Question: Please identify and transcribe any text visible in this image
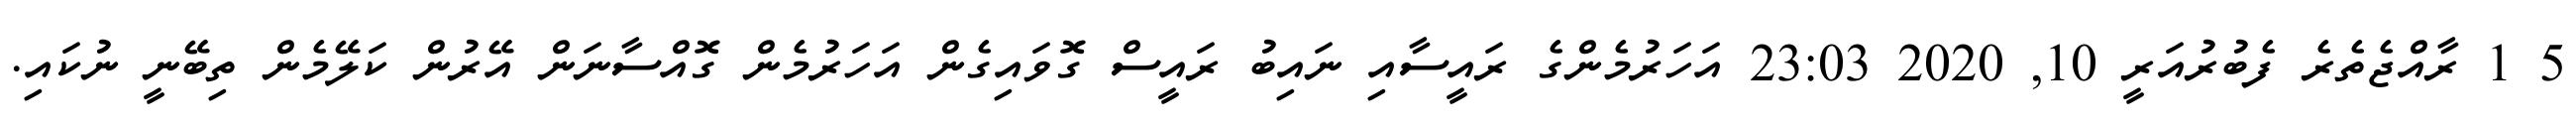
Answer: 5 1 ރާއްޖެތެރެ ފެބުރުއަރީ 10, 2020 23:03 އަހަރުމެންގެ ރައީސާއި ނައިބު ރައީސް ގޮވައިގެން އަހަރުމެން ގޮއްސާނަން އޭރުން ކަލޭމެން ތިބޭނީ ނުކައި.